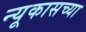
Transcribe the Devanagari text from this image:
न्यूकासच्या